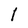
Character: I